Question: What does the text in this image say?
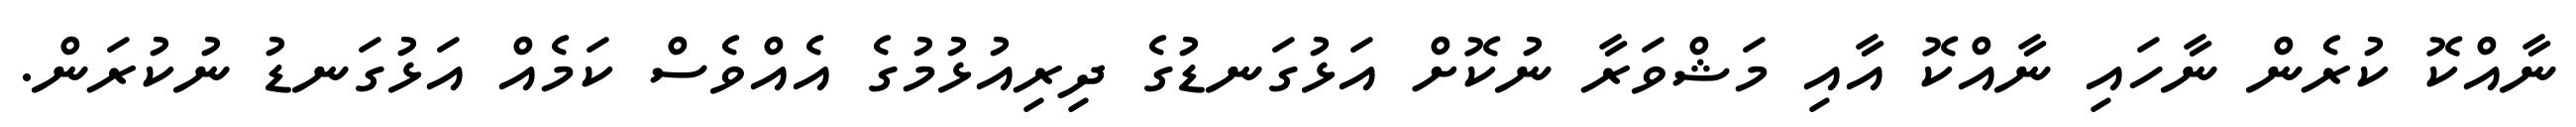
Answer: ނާއްކޮ ކުރެން ނާހައި ނާއްކޮ އާއި މަޝްވަރާ ނުކޮށް އަޅުގަނޑުގެ ދިރިއުޅުމުގެ އެއްވެސް ކަމެއް އަޅުގަނޑު ނުކުރަން.